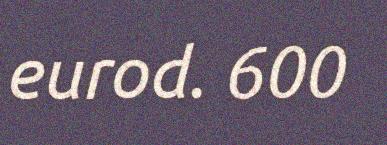
eurod. 600